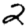
Digit: 2